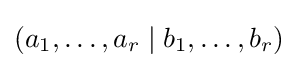
(a_{1},\ldots ,a_{r}\mid b_{1},\ldots ,b_{r})